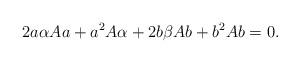
LaTeX: \begin{align*}2a\alpha Aa+a^2A\alpha+2b\beta Ab+b^2Ab=0. \end{align*}